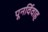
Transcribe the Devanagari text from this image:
पूनर्विवाह